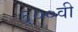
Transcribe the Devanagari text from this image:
६००वी